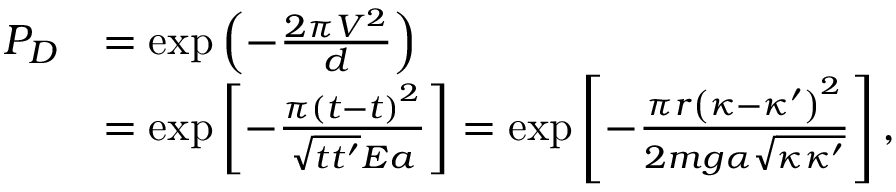
\begin{array} { r l } { P _ { D } } & { = \exp \left( - \frac { 2 \pi V ^ { 2 } } { d } \right) } \\ & { = \exp \left[ - \frac { \pi \left( t - t \right) ^ { 2 } } { \sqrt { t t ^ { \prime } } E a } \right] = \exp \left[ - \frac { \pi r \left( \kappa - \kappa ^ { \prime } \right) ^ { 2 } } { 2 m g \alpha \sqrt { \kappa \kappa ^ { \prime } } } \right] , } \end{array}